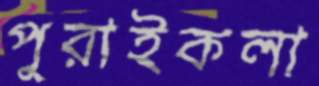
পুরাইকলা